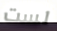
لست